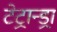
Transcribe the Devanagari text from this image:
टेट्रान्ड्रा